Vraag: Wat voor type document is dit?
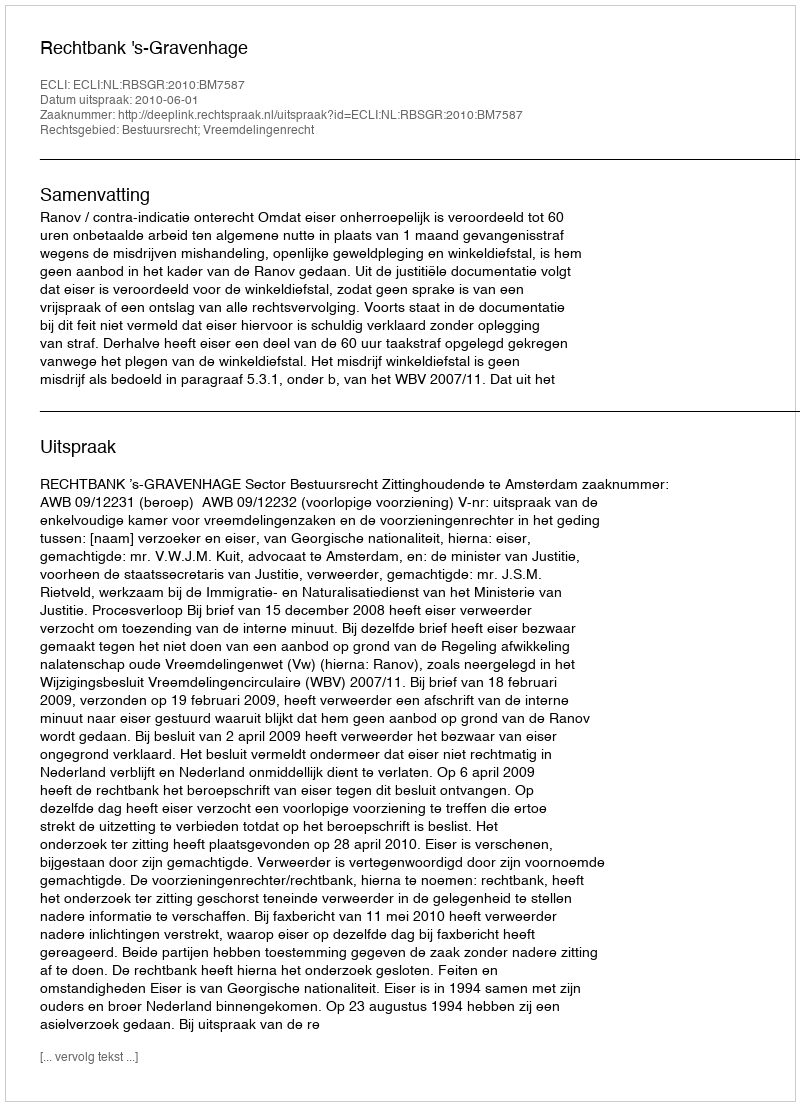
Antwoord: Uitspraak